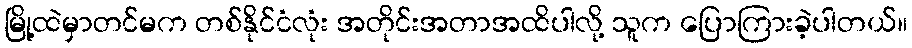
မြို့ထဲမှာတင်မက တစ်နိုင်ငံလုံး အတိုင်းအတာအထိပါလို့ သူက ပြောကြားခဲ့ပါတယ်။